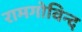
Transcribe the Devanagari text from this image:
रामगोविन्द